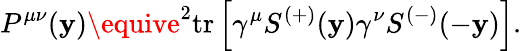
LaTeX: P^{\mu\nu}(\mathbf{y})\equive^{2}\mathrm{{tr}}\left[\gamma^{\mu}S^{(+)}(\mathbf{y})\gamma^{\nu}S^{(-)}(-\mathbf{y})\right].